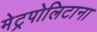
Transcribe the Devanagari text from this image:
मेट्रपोलिटाना